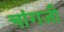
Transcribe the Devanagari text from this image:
चांगजी